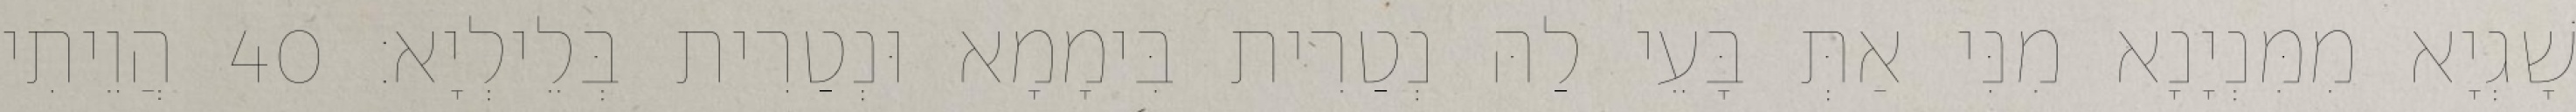
שָׁגְיָא מִמִּנְיָנָא מִנִּי אַתְּ בָּעֵי לַהּ נְטַרִית בִּימָמָא וּנְטַרִית בְּלֵילְיָא׃ 40 הֲוֵיתִי